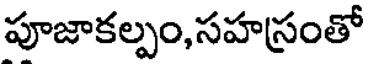
పూజాకల్పం,సహస్రంతో